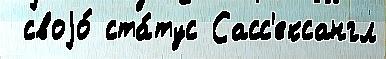
 своjо́ ста́тус Сасс'ексангл